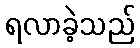
ရလာခဲ့သည်